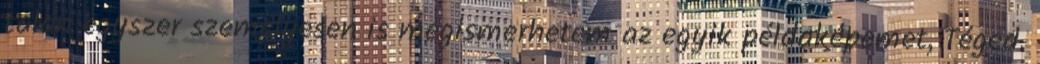
talán egyszer személyesen is megismerhetem az egyik példaképemet, Téged.